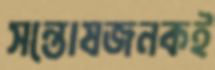
সন্তোষজনকই